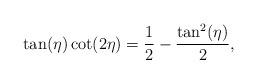
LaTeX: \begin{align*}\tan (\eta ) \cot (2 \eta ) = \frac{1}{2}-\frac{\tan ^2(\eta )}{2},\end{align*}